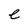
Character: e